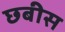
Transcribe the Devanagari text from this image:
छबीस